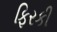
ફિરકી